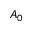
A _ { 0 }